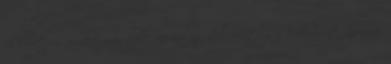
felhevítem, amikor már kellően meleg, beleborítom a kukoricát, azonnal